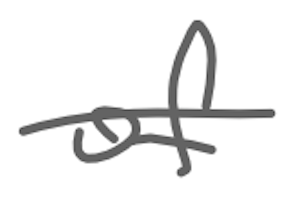
Text: of
Cross-out: single-line
Writing tool: digital_gray